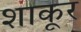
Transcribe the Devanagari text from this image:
शाकूर